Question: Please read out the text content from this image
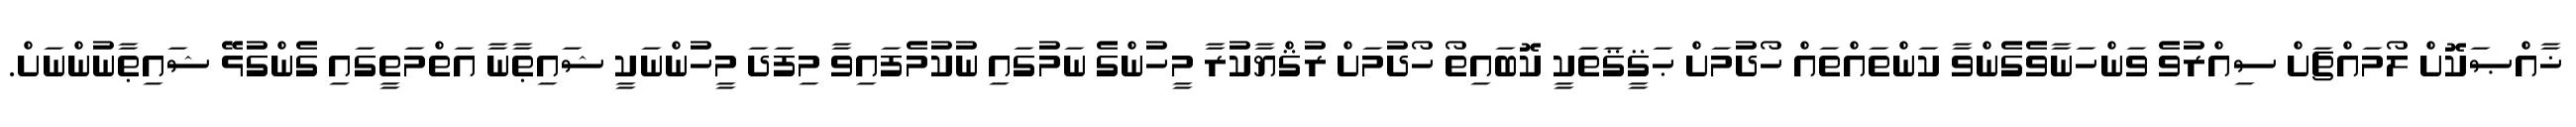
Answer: ޚާއްޞަކޮށް ލޯމައްޗަށް ސިއްރުވެ ވަންހަނާވެގެންވާ ކަންތައްތައް ހޯދުމަށް ޙަޤީޤަތަކީ ކޮބައިތޯ ހޯދުމަށް ރުޤްޔާކުރާ މީހުންގެ ނަމުގައި ނުކުމެފައިވާ މިފަދަ މީހުންނަކީ ޝައިޠާނާ އަތްމަތީގައި ގެންގުޅޭ ޝައިޠާނުންނަށް.